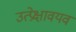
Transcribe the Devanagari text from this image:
उत्प्रेक्षावयव